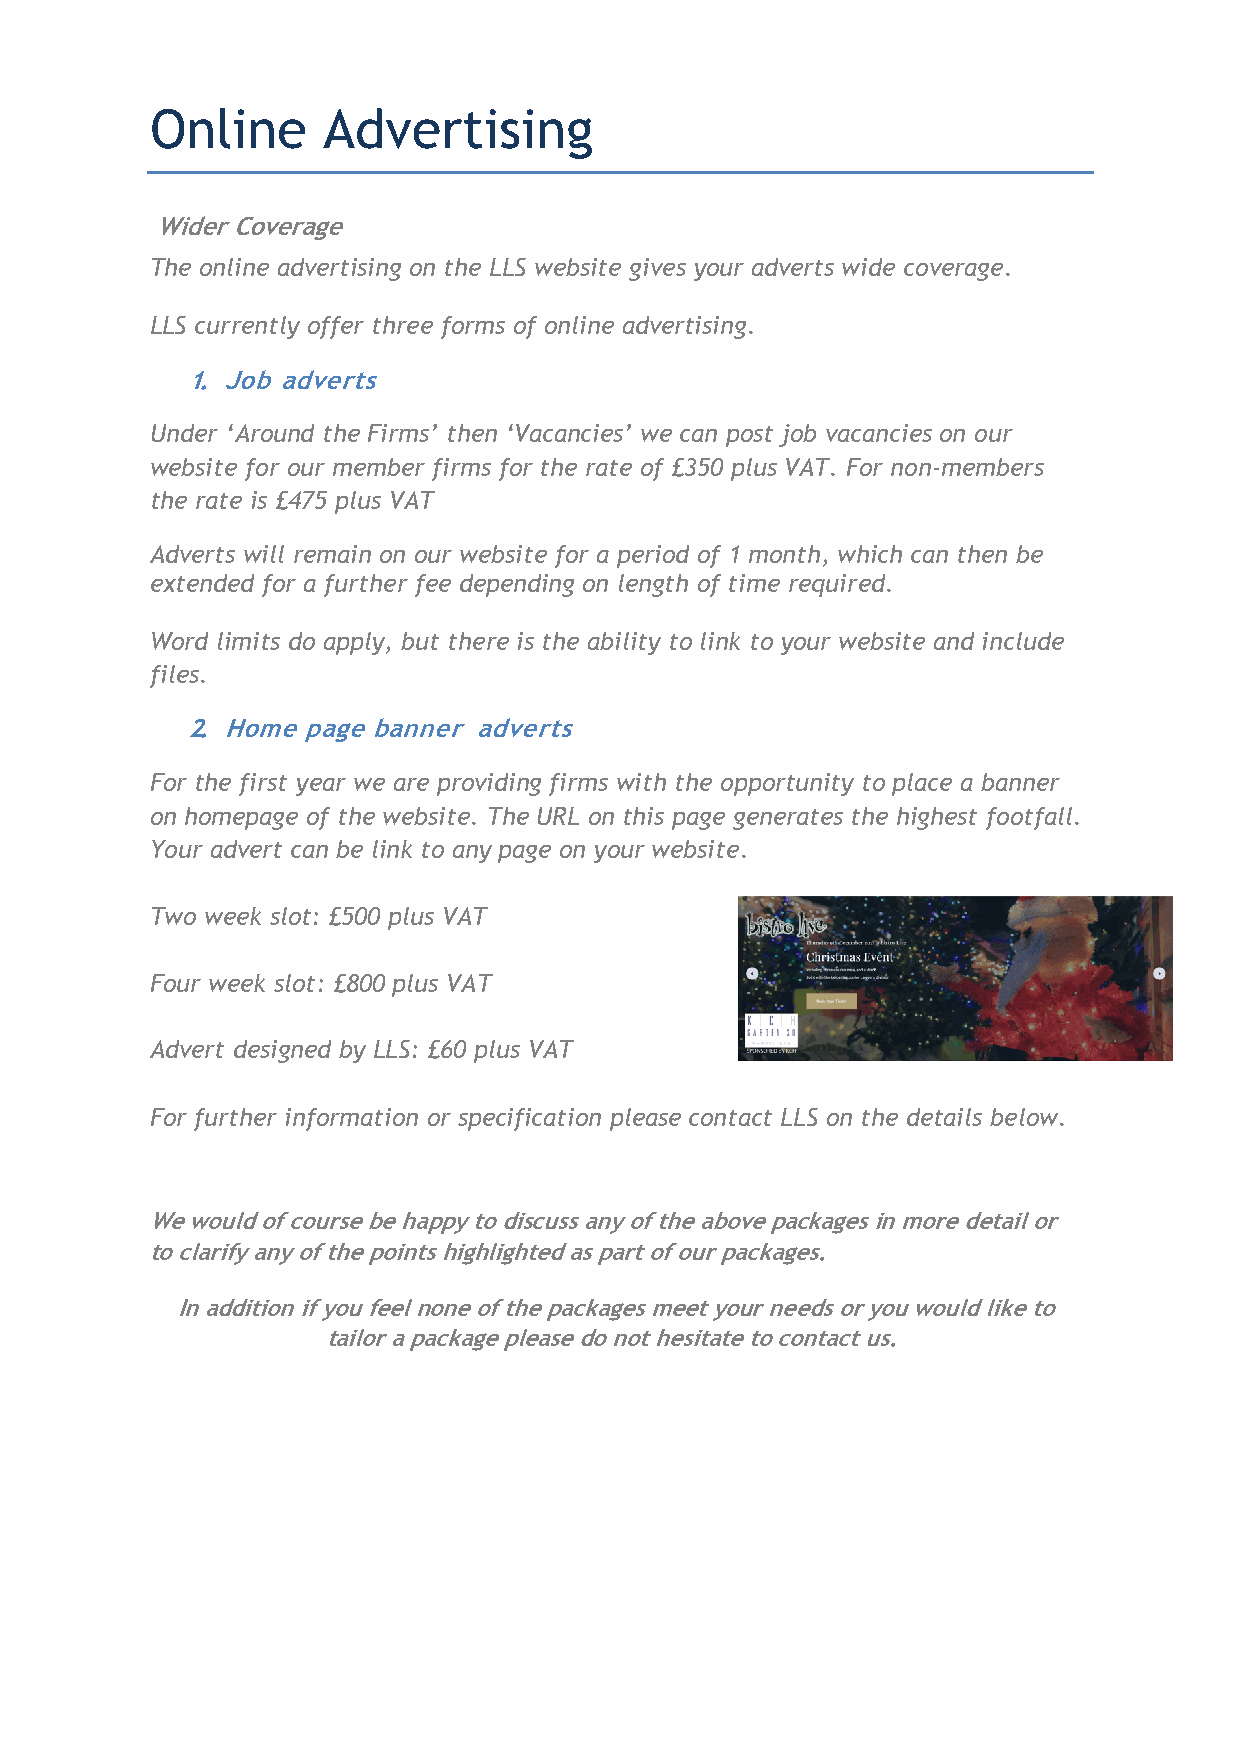
Online     Advertising
 Wider Coverage
 The online advertising on the LLS website gives your adverts wide coverage.
 LLS currently offer three forms of online advertising.
 1. Job adverts
 Under ‘Around the Firms’ then ‘Vacancies’ we can post job vacancies on our
 website for our member firms for the rate of £350 plus VAT. For non-members
 the rate is £475 plus VAT
 Adverts will remain on our website for a period of 1 month, which can then be
 extended for a further fee depending on length of time required.
 Word limits do apply, but there is the ability to link to your website and include
 files.
 2. Home page banner adverts
 For the first year we are providing firms with the opportunity to place a banner
 on homepage of the website. The URL on this page generates the highest footfall.
 Your advert can be link to any page on your website.
 Two week slot: £500 plus VAT
 Four week slot: £800 plus VAT
 Advert designed by LLS: £60 plus VAT
 For further information or specification please contact LLS on the details below.
 We would of course be happy to discuss any of the above packages in more detail or
 to clarify any of the points highlighted as part of our packages.
 In addition if you feel none of the packages meet your needs or you would like to
 tailor a package please do not hesitate to contact us.